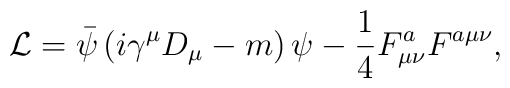
{\cal L}=\bar \psi\left(i\gamma^{\mu}D_{\mu}-m\right)\psi-{1 \over 4}F_{\mu\nu}^a F^{a\mu\nu} ,